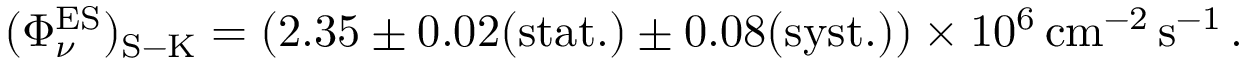
( \Phi _ { \nu } ^ { \mathrm { E S } } ) _ { \mathrm { S - K } } = \left( 2 . 3 5 \pm 0 . 0 2 \mathrm { ( s t a t . ) } \pm 0 . 0 8 \mathrm { ( s y s t . ) } \right) \times 1 0 ^ { 6 } \, \mathrm { c m } ^ { - 2 } \, \mathrm { s } ^ { - 1 } \, .